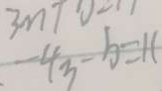
- 4 _ { 3 } - b = 1 1